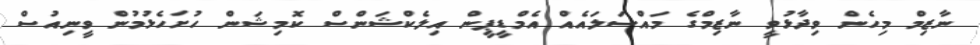
ނާޒިމް މިހެން ވިދާޅުވީ ނާޒިމްގެ މައްސަލައެއް އެމްޑީޕީން އިލެކްޝަންސް ކޮމިޝަން ހުށަހެޅުމުން ވީނިއުސް